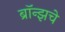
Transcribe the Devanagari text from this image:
ब्राॅन्झचे